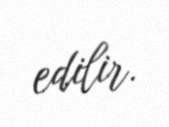
edilir.